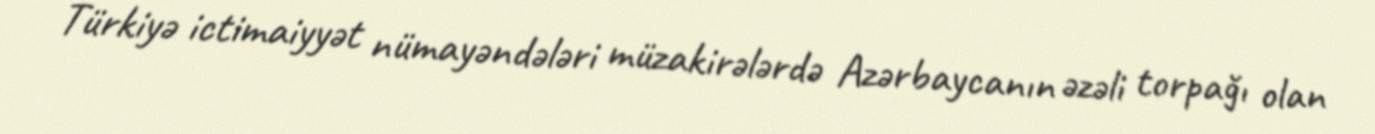
Türkiyə ictimaiyyət nümayəndələri müzakirələrdə Azərbaycanın əzəli torpağı olan